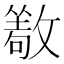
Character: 𰕔